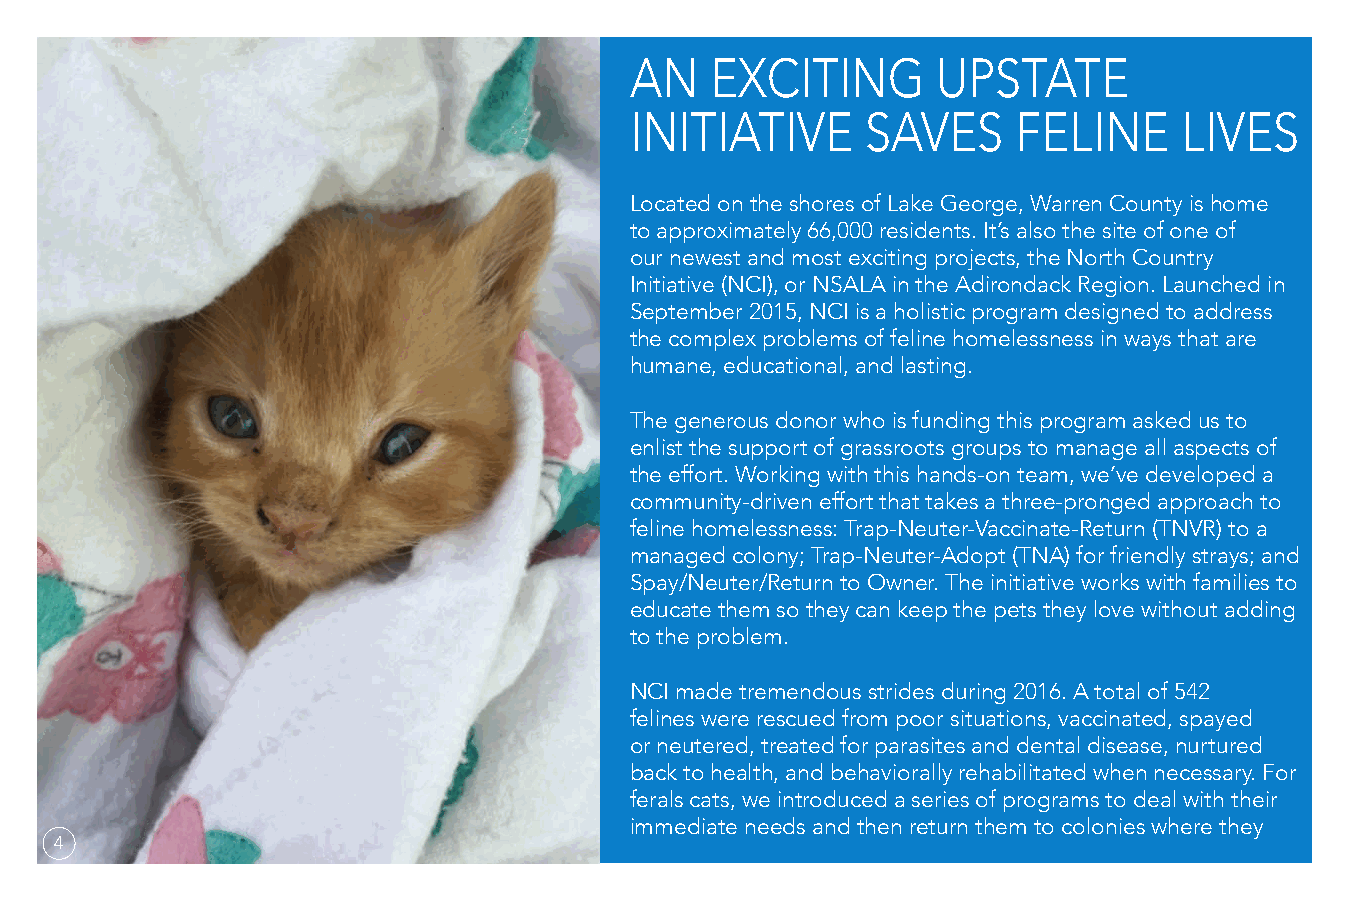
AN   EXCITING       UPSTATE
 INITIATIVE     SAVES     FELINE     LIVES
 Located on the shores of Lake George, Warren County is home
 to approximately 66,000 residents. It’s also the site of one of
 our newest and most exciting projects, the North Country
 Initiative (NCI), or NSALA in the Adirondack Region. Launched in
 September 2015, NCI is a holistic program designed to address
 the complex problems of feline homelessness in ways that are
 humane, educational, and lasting.
 The generous donor who is funding this program asked us to
 enlist the support of grassroots groups to manage all aspects of
 the effort. Working with this hands-on team, we’ve developed a
 community-driven effort that takes a three-pronged approach to
 feline homelessness: Trap-Neuter-Vaccinate-Return (TNVR) to a
 managed colony; Trap-Neuter-Adopt (TNA) for friendly strays; and
 Spay/Neuter/Return to Owner. The initiative works with families to
 educate them so they can keep the pets they love without adding
 to the problem.
 NCI made tremendous strides during 2016. A total of 542
 felines were rescued from poor situations, vaccinated, spayed
 or neutered, treated for parasites and dental disease, nurtured
 back to health, and behaviorally rehabilitated when necessary. For
 ferals cats, we introduced a series of programs to deal with their
 immediate needs and then return them to colonies where they
 4